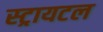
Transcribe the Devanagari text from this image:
स्ट्रायटल